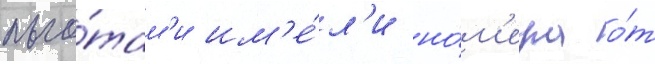
льго́там'и им'е́л'и но́м'ера о́т